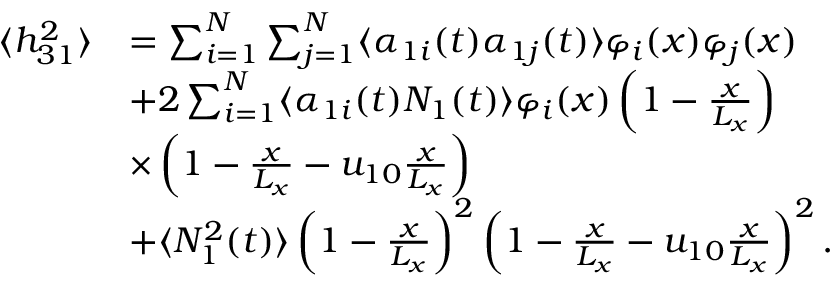
\begin{array} { r l } { \langle h _ { 3 1 } ^ { 2 } \rangle } & { = \sum _ { i = 1 } ^ { N } \sum _ { j = 1 } ^ { N } \langle \alpha _ { 1 i } ( t ) \alpha _ { 1 j } ( t ) \rangle \varphi _ { i } ( x ) \varphi _ { j } ( x ) } \\ & { + 2 \sum _ { i = 1 } ^ { N } \langle \alpha _ { 1 i } ( t ) N _ { 1 } ( t ) \rangle \varphi _ { i } ( x ) \left( 1 - \frac { x } { L _ { x } } \right) } \\ & { \times \left( 1 - \frac { x } { L _ { x } } - u _ { 1 0 } \frac { x } { L _ { x } } \right) } \\ & { + \langle N _ { 1 } ^ { 2 } ( t ) \rangle \left( 1 - \frac { x } { L _ { x } } \right) ^ { 2 } \left( 1 - \frac { x } { L _ { x } } - u _ { 1 0 } \frac { x } { L _ { x } } \right) ^ { 2 } . } \end{array}